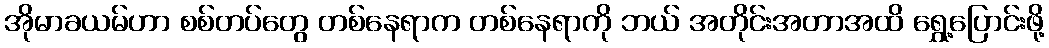
အိုမာခယမ်ဟာ စစ်တပ်တွေ တစ်နေရာက တစ်နေရာကို ဘယ် အတိုင်းအတာအထိ ရွှေ့ပြောင်းဖို့